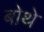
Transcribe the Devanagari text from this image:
बोथे